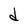
Character: d